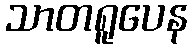
သာတရူပေန